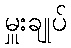
မှူးချုပ်